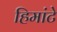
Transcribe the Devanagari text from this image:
हिमांटे